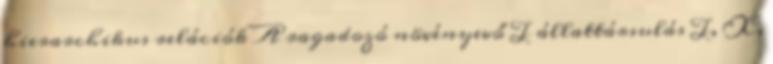
hierarchikus relációk A ragadozó növényevő T állattársulás T, X,